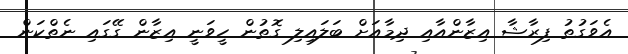
އެވަގުތު ފިރާޝާ އިޒާންއާއި ދިމާއަށް ބަލައިލި ގޮތުން ހީވަނީ އިޒާން ގޭގައި ނެތްކަން